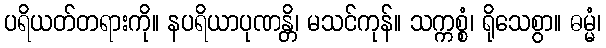
ပရိယတ်တရားကို။ နပရိယာပုဏန္တိ၊ မသင်ကုန်။ သက္ကစ္စံ၊ ရိုသေစွာ။ ဓမ္မံ၊